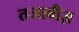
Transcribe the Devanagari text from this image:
तजावीज़